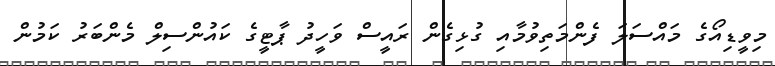
މިވީޑިއޯގެ މައްސަލަ ފެންމަތިވުމާއި ގުޅިގެން ރައީސް ވަހީދު ޕާޓީގެ ކައުންސިލް މެންބަރު ކަމުން